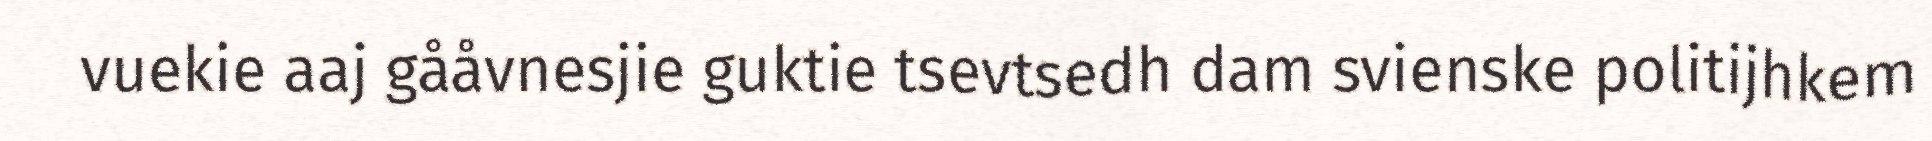
vuekie aaj gååvnesjie guktie tsevtsedh dam svienske politijhkem